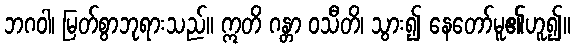
ဘဂဝါ၊ မြတ်စွာဘုရားသည်။ ဣတိ ဂန္တာ ဝသီတိ၊ သွား၍ နေတော်မူ၏ဟူ၍။